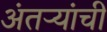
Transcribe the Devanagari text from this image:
अंतऱ्यांची